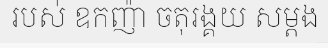
របស់ ឧកញ៉ា ចតុរង្គយ សម្តង